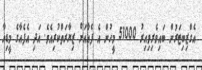
އެގްޒިބިޓަރުން ބައިވެރިވިއިރު 51000 މީހުން އެ ފެއާއަށް ޒިޔާރަތްކުރިއެވެ. އަދި އެފެއާގެ މީޑިއާ